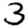
Digit: 3